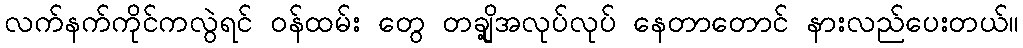
လက်နက်ကိုင်ကလွဲရင် ဝန်ထမ်း တွေ တချို့အလုပ်လုပ် နေတာတောင် နားလည်ပေးတယ်။